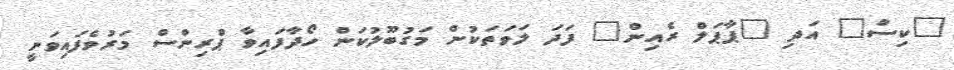
"ކިސް" އަދި "ޕާޕަލް ރެއިން" ފަދަ ލަވަތަކުން މަގުބޫލުކަން ހޯދާފައިވާ ޕްރިންސް މަރުވެފައިވަނީ